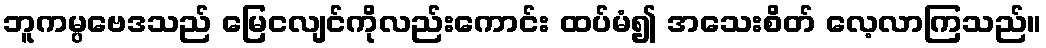
ဘူကမ္ပဗေဒသည် မြေငလျင်ကိုလည်းကောင်း ထပ်မံ၍ အသေးစိတ် လေ့လာကြသည်။